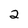
Character: 2